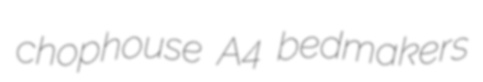
chophouse A4 bedmakers